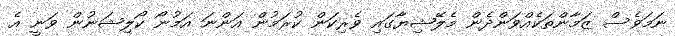
ނަމަވެސް ޒަމާންތަކެއްވަންދެން މެލޭޝިޔާގައި ވެރިކަން ކުރަމުން އަންނަ އަމުނޯ ކޯލިޝަނުން ވަނީ އެ